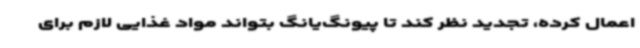
اعمال کرده، تجدید نظر کند تا پیونگ‌یانگ بتواند مواد غذایی لازم برای